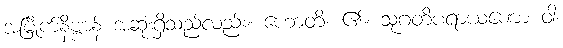
အမြိုက်နိဗ္ဗာန် အဆုံးရှိသည်လည်း။ ဟောတိ၊ ၏။ သုဂတိပရာယဏော ဝါ၊